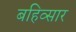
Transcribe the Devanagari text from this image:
बहिव्सार